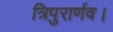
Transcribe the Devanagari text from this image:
त्रिपुरार्णव।